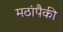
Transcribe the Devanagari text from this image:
मठांपैकी